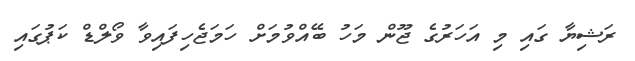
ރަޝިޔާ ގައި މި އަހަރުގެ ޖޫން މަހު ބޭއްވުމަށް ހަމަޖެހިފައިވާ ވޯލްޑް ކަޕުގައި